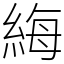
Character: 䋦